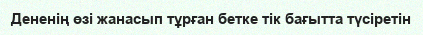
Дененің өзі жанасып тұрған бетке тік бағытта түсіретін